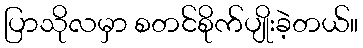
ပြာသိုလမှာ စတင်စိုက်ပျိုးခဲ့တယ်။